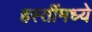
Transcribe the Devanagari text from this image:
हस्तींमध्ये